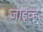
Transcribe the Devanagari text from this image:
जाइव्ह